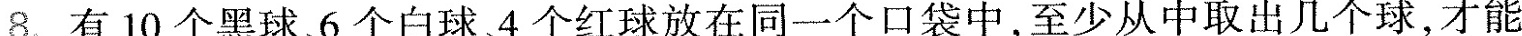
8.有10个黑球6个白球4个红球放在同一个口袋中，至少从中取出几个球，才能